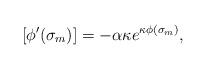
LaTeX: \begin{align*}[\phi'(\sigma_m)] = -\alpha \kappa e^{\kappa \phi(\sigma_m)},\end{align*}